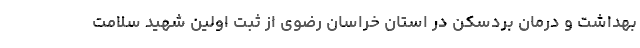
بهداشت و درمان بردسکن در استان خراسان رضوی از ثبت اولین شهید سلامت